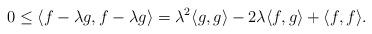
LaTeX: \begin{align*} 0\leq\langle f-\lambda g,f-\lambda g\rangle=\lambda^2\langle g,g\rangle-2\lambda\langle f,g\rangle + \langle f,f\rangle.\end{align*}